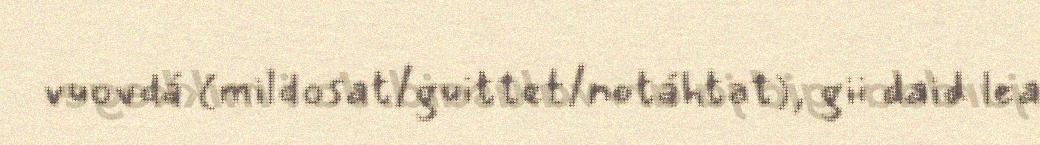
vuovdá (mildosat/guittet/notáhtat), gii daid lea